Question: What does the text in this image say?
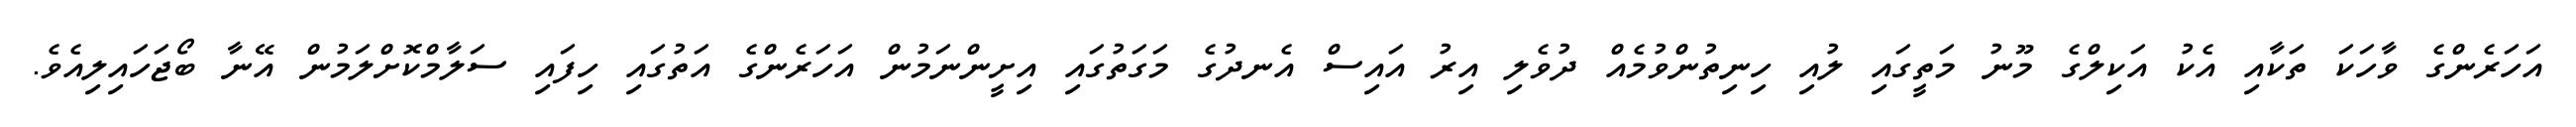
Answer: އަހަރެންގެ ވާހަކަ ތަކާއި އެކު އަކިލްގެ މޫނު މަތީގައި ލުއި ހިނިތުންވުމެއް ދުވެލި އިރު އައިސް އެނދުގެ މަގަތުގައި އިށީންނަމުން އަހަރެންގެ އަތުގައި ހިފައި ސަލާމްކޮށްލަމުން އޭނާ ބޯޖަހައިލިއެވެ.